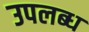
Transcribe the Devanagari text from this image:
उपलब्‍ध्‍ा